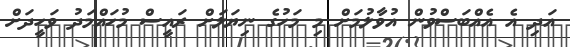
އަދި އެ އެއްބަސްވުން އުވާލުމަށް މި މަހުގެ ނިޔަލަށް ރައީސް މުހައްމަދު ވަހީދަށް